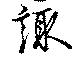
諏